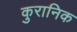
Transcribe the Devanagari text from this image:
कुरानिक